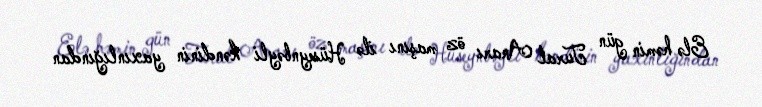
Elə həmin gün Tural Anarı öz maşını ilə Hüseynbəyli kəndinin yaxınlığından